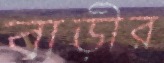
বাড়ীর